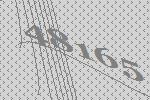
48165